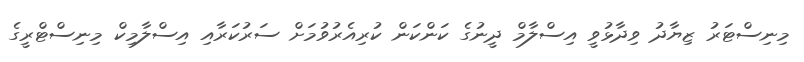
މިނިސްޓަރު ޒިޔާދު ވިދާޅުވީ އިސްލާމް ދީނުގެ ކަންކަން ކުރިއެރުވުމަަށް ސަރުކަރާއި އިސްލާމިކް މިނިސްޓްރީގެ